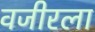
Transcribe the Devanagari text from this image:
वजीरला